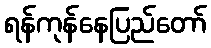
ရန်ကုန်နေပြည်တော်